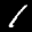
Label: 1